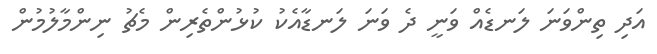
އަދި ތިންވަނަ ލަނޑެއް ވަނީ ދެ ވަނަ ލަނޑާއެކު ކުޅުންތެރިން މެޗު ނިންމާލުމުން